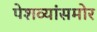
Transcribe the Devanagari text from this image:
पेशव्यांसमोर